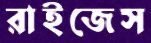
রাইজেস